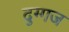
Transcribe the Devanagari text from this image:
दुग्गज